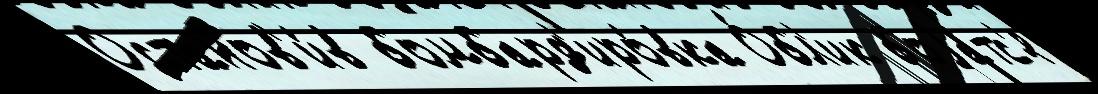
Останов'и́в бомбард'иро́вка О́бл'ик боjа́тс'я